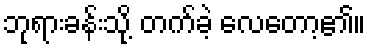
ဘုရားခန်းသို့ တက်ခဲ့ လေတော့၏။